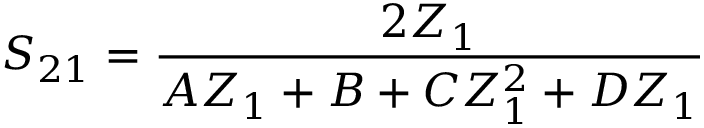
S _ { 2 1 } = \frac { 2 Z _ { 1 } } { A Z _ { 1 } + B + C Z _ { 1 } ^ { 2 } + D Z _ { 1 } }